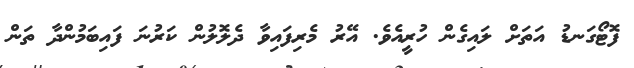
ފޮޓޯގަނޑު އަތަށް ލައިގެން ހުރީއެވެ. އޭރު މެރިފައިވާ ދެލޮލުން ކަރުނަ ފައިބަމުންދާ ތަން